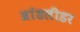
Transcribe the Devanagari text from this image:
ब्रांडलीडर